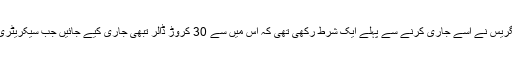
سال 2015 میں اس بجٹ کے تحت پاکستان کے لیے ایک ارب ڈالر کی رقم طے ہوئی تھی لیکن کانگریس نے اسے جاری کرنے سے پہلے ایک شرط رکھی تھی کہ اس میں سے 30 کروڑ ڈالر تبھی جاری کیے جائیں جب سیکریٹری دفاع حقانی نیٹ ورک کے خلاف پاکستان کی کارروائی سے مطمئن ہوں اور اس کا سرٹیفیکیٹ دیں۔